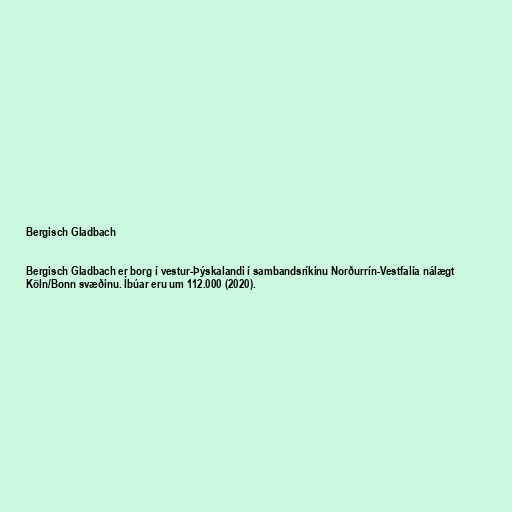
Bergisch Gladbach

Bergisch Gladbach er borg í vestur-Þýskalandi í sambandsríkinu Norðurrín-Vestfalía nálægt
Köln/Bonn svæðinu. Íbúar eru um 112.000 (2020).